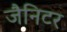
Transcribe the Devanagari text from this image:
जैनिटर